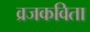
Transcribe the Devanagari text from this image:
व्रजकविता